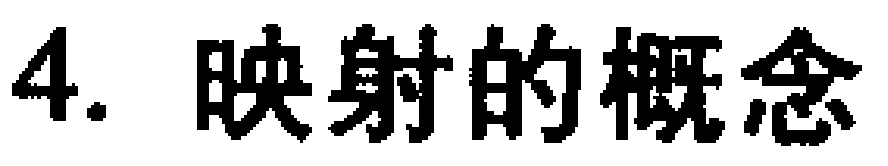
4. 映射的概念